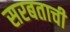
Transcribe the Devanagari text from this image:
सरबताची